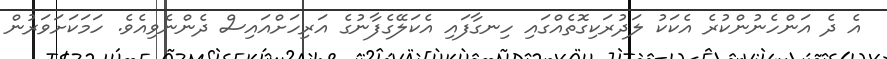
އެ ދެ އަންހެނުންކުރެ އެކަކު ލަދުރަކިގޮތެއްގައި ހިނގާފައި އެކަލޭގެފާނުގެ އަރިހަށްއައިސް ދެންނެވިއެވެ. ހަމަކަށަވަރުން